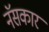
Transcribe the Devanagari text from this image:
नॅसकार